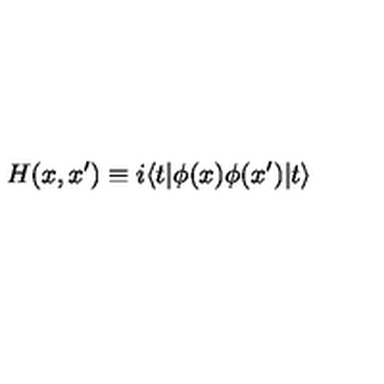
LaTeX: H ( x , x ^ { \prime } ) \equiv i \langle t | \phi ( x ) \phi ( x ^ { \prime } ) | t \rangle